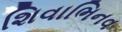
શિવાભિનવ